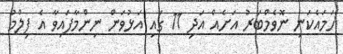
ހަމައެކަނި ނޮވެމްބަރު އަށެއް އަދި 11 ގައި އަޅުވަން ނިންމާފައިވާ އެ ފިލްމު